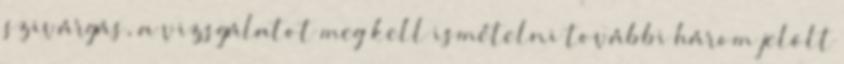
szivárgás, a vizsgálatot meg kell ismételni további három jelölt